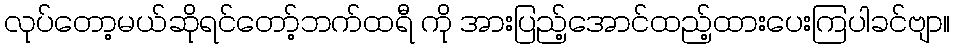
လုပ်တော့မယ်ဆိုရင်တော့်ဘက်ထရီ ကို အားပြည့်အောင်ထည့်ထားပေးကြပါခင်ဗျာ။